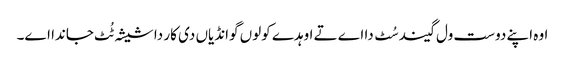
‏ اوہ اپنے دوست ول گیند سُٹ دا اے تے اوہدے کولوں گوانڈیاں دی کار دا شیشہ ٹُٹ جاندا اے۔